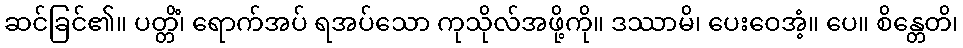
ဆင်ခြင်၏။ ပတ္တိံ၊ ရောက်အပ် ရအပ်သော ကုသိုလ်အဖို့ကို။ ဒဿာမိ၊ ပေးဝေအံ့။ ပေ။ စိန္တေတိ၊